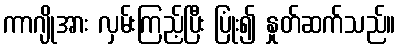
ကာဂျိုအား လှမ်းကြည့်ပြီး ပြုံး၍ နှုတ်ဆက်သည်။